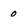
Character: O